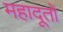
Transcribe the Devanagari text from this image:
महादूतों